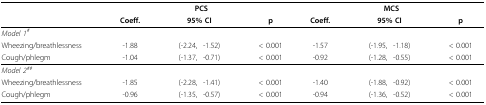
<table><thead><tr><td></td><td colspan="4"><b>PCS</b></td><td colspan="4"><b>MCS</b></td></tr><tr><td></td><td><b>Coeff.</b></td><td colspan="2"><b>95% CI</b></td><td><b>p</b></td><td><b>Coeff.</b></td><td colspan="2"><b>95% CI</b></td><td><b>p</b></td></tr></thead><tbody><tr><td><i>Model 1<sup>#</sup></i></td><td></td><td></td><td></td><td></td><td></td><td></td><td></td><td></td></tr><tr><td>Wheezing/breathlessness</td><td>-1.88</td><td>(-2.24,</td><td>-1.52)</td><td>&lt; 0.001</td><td>-1.57</td><td>(-1.95,</td><td>-1.18)</td><td>&lt; 0.001</td></tr><tr><td>Cough/phlegm</td><td>-1.04</td><td>(-1.37,</td><td>-0.71)</td><td>&lt; 0.001</td><td>-0.92</td><td>(-1.28,</td><td>-0.55)</td><td>&lt; 0.001</td></tr><tr><td><i>Model 2<sup>##</sup></i></td><td></td><td></td><td></td><td></td><td></td><td></td><td></td><td></td></tr><tr><td>Wheezing/breathlessness</td><td>-1.85</td><td>(-2.28,</td><td>-1.41)</td><td>&lt; 0.001</td><td>-1.40</td><td>(-1.88,</td><td>-0.92)</td><td>&lt; 0.001</td></tr><tr><td>Cough/phlegm</td><td>-0.96</td><td>(-1.35,</td><td>-0.57)</td><td>&lt; 0.001</td><td>-0.94</td><td>(-1.36,</td><td>-0.52)</td><td>&lt; 0.001</td></tr></tbody></table>